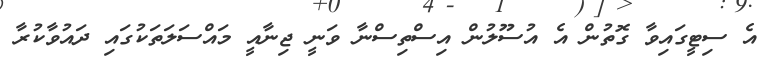
އެ ސިޓީގައިވާ ގޮތުން އެ އުސޫލުން އިސްތިސްނާ ވަނީ ޖިނާއީ މައްސަލަތަކުގައި ދައުވާކުރާ